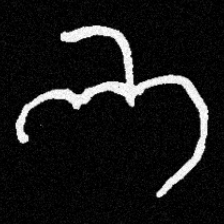
Pyu character \u2014 Myanmar letter: ဘ (romanized: bha)